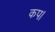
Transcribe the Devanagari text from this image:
कप।